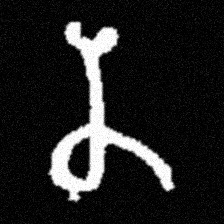
Pyu character \u2014 Myanmar letter: န (romanized: na)